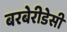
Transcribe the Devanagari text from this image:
बरबेरीडेसी